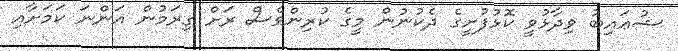
ޝުޢައިބު ވިދާޅުވީ ކޮޅުފުށީގެ ދެކުނުން މީގެ ކުރިންވެސް ރަށް ގިރަމުން އަންނަ ކަމަށާއި